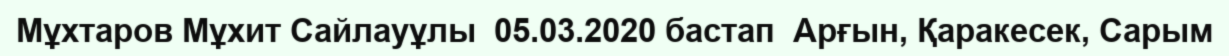
Мұхтаров Мұхит Сайлауұлы  05.03.2020 бастап  Арғын, Қаракесек, Сарым